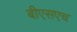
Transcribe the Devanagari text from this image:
बीएसएच